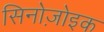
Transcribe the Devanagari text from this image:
सिनोज़ोइक